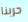
حربنا